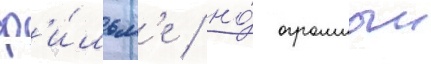
ф'и́льм'е / но́ огромныи